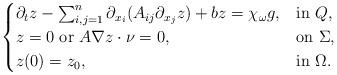
LaTeX: \begin{align*}\begin{cases}\partial_{t}z - \sum_{i,j=1}^n\partial_{x_i}(A_{ij}\partial_{x_j}z) + bz=\chi_{\omega}g, & \mbox{in} \ Q, \\z=0 \ \mbox{or} \ A\nabla z \cdot \nu =0, & \mbox{on} \ \Sigma, \\z(0)= z_{0}, & \mbox{in} \ \Omega. \end{cases}\end{align*}